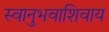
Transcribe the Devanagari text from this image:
स्वानुभवाशिवाय